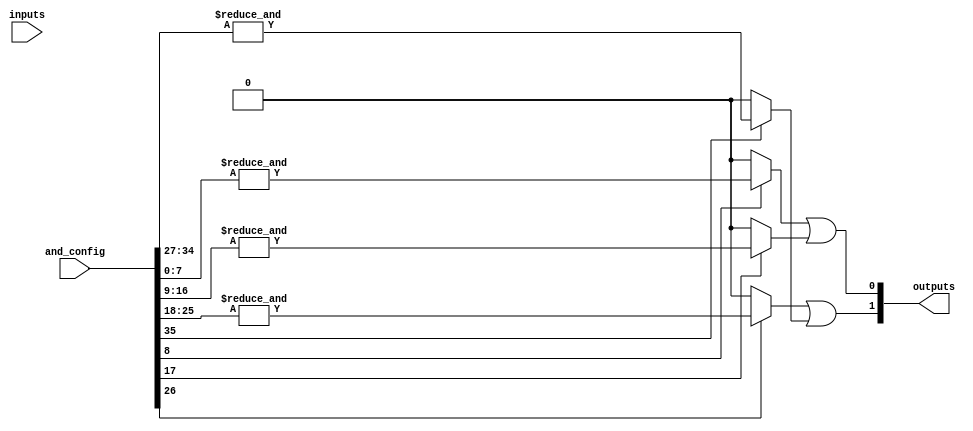
module SPAL #(parameter NUM_INPUTS = 8,    // Number of inputs (A, B, ..., H)
               parameter NUM_AND_GATES = 4, // Number of programmable AND gates
               parameter NUM_OUTPUTS = 2)   // Number of fixed OR outputs
(
    // Input ports
    input wire [NUM_INPUTS-1:0] inputs,    // Concatenated inputs A, B, ..., N
    input wire [NUM_AND_GATES*(NUM_INPUTS + 1)-1:0] and_config, // AND gate configurations
    // Output ports
    output reg [NUM_OUTPUTS-1:0] outputs    // Outputs Y1, Y2, ..., Ym
);

// Internal signals for AND gate outputs
wire [NUM_AND_GATES-1:0] and_outputs;

// Generate programmable AND gates
generate
    genvar i;
    for (i = 0; i < NUM_AND_GATES; i = i + 1) begin: and_gate
        wire [NUM_INPUTS-1:0] and_input;
        wire and_enable;

        // Extract configuration for current AND gate
        assign and_input = and_config[i * (NUM_INPUTS + 1) +: NUM_INPUTS];
        assign and_enable = and_config[i * (NUM_INPUTS + 1) + NUM_INPUTS]; // Last bit is enable
        
        // Implementing the programmable AND gate
        assign and_outputs[i] = and_enable ? &and_input : 1'b0; // AND with enable
    end
endgenerate

// Fixed OR gates to combine AND outputs
always @(*) begin
    outputs = 0; // Reset outputs
    // Assuming we have a fixed configuration for the OR gates
    // Modify these as per design requirements
    outputs[0] = and_outputs[0] | and_outputs[1]; // Y1 = AND0 + AND1
    outputs[1] = and_outputs[2] | and_outputs[3]; // Y2 = AND2 + AND3
end

endmodule